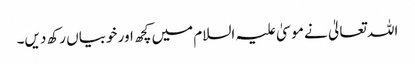
اللہ تعالیٰ نے موسیٰ علیہ السلام میں کچھ اور خوبیاں رکھ دیں۔